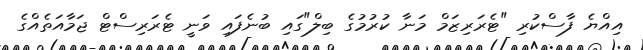
އިއްޔެ ފާސްކުރި "ޓެރަރިޒަމް މަނާ ކުރުމުގެ ބިލް"ގައި ބުނެފައި ވަނީ ޓެރަރިސްޓް ޖަމާއަތެއްގެ